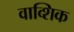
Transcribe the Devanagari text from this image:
वाव्शिक